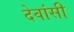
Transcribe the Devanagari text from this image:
देवांसी